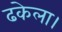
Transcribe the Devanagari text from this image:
ढकेला।